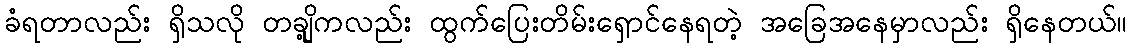
ခံရတာလည်း ရှိသလို တချို့ကလည်း ထွက်ပြေးတိမ်းရှောင်နေရတဲ့ အခြေအနေမှာလည်း ရှိနေတယ်။